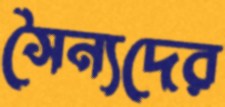
সৈন্যদের